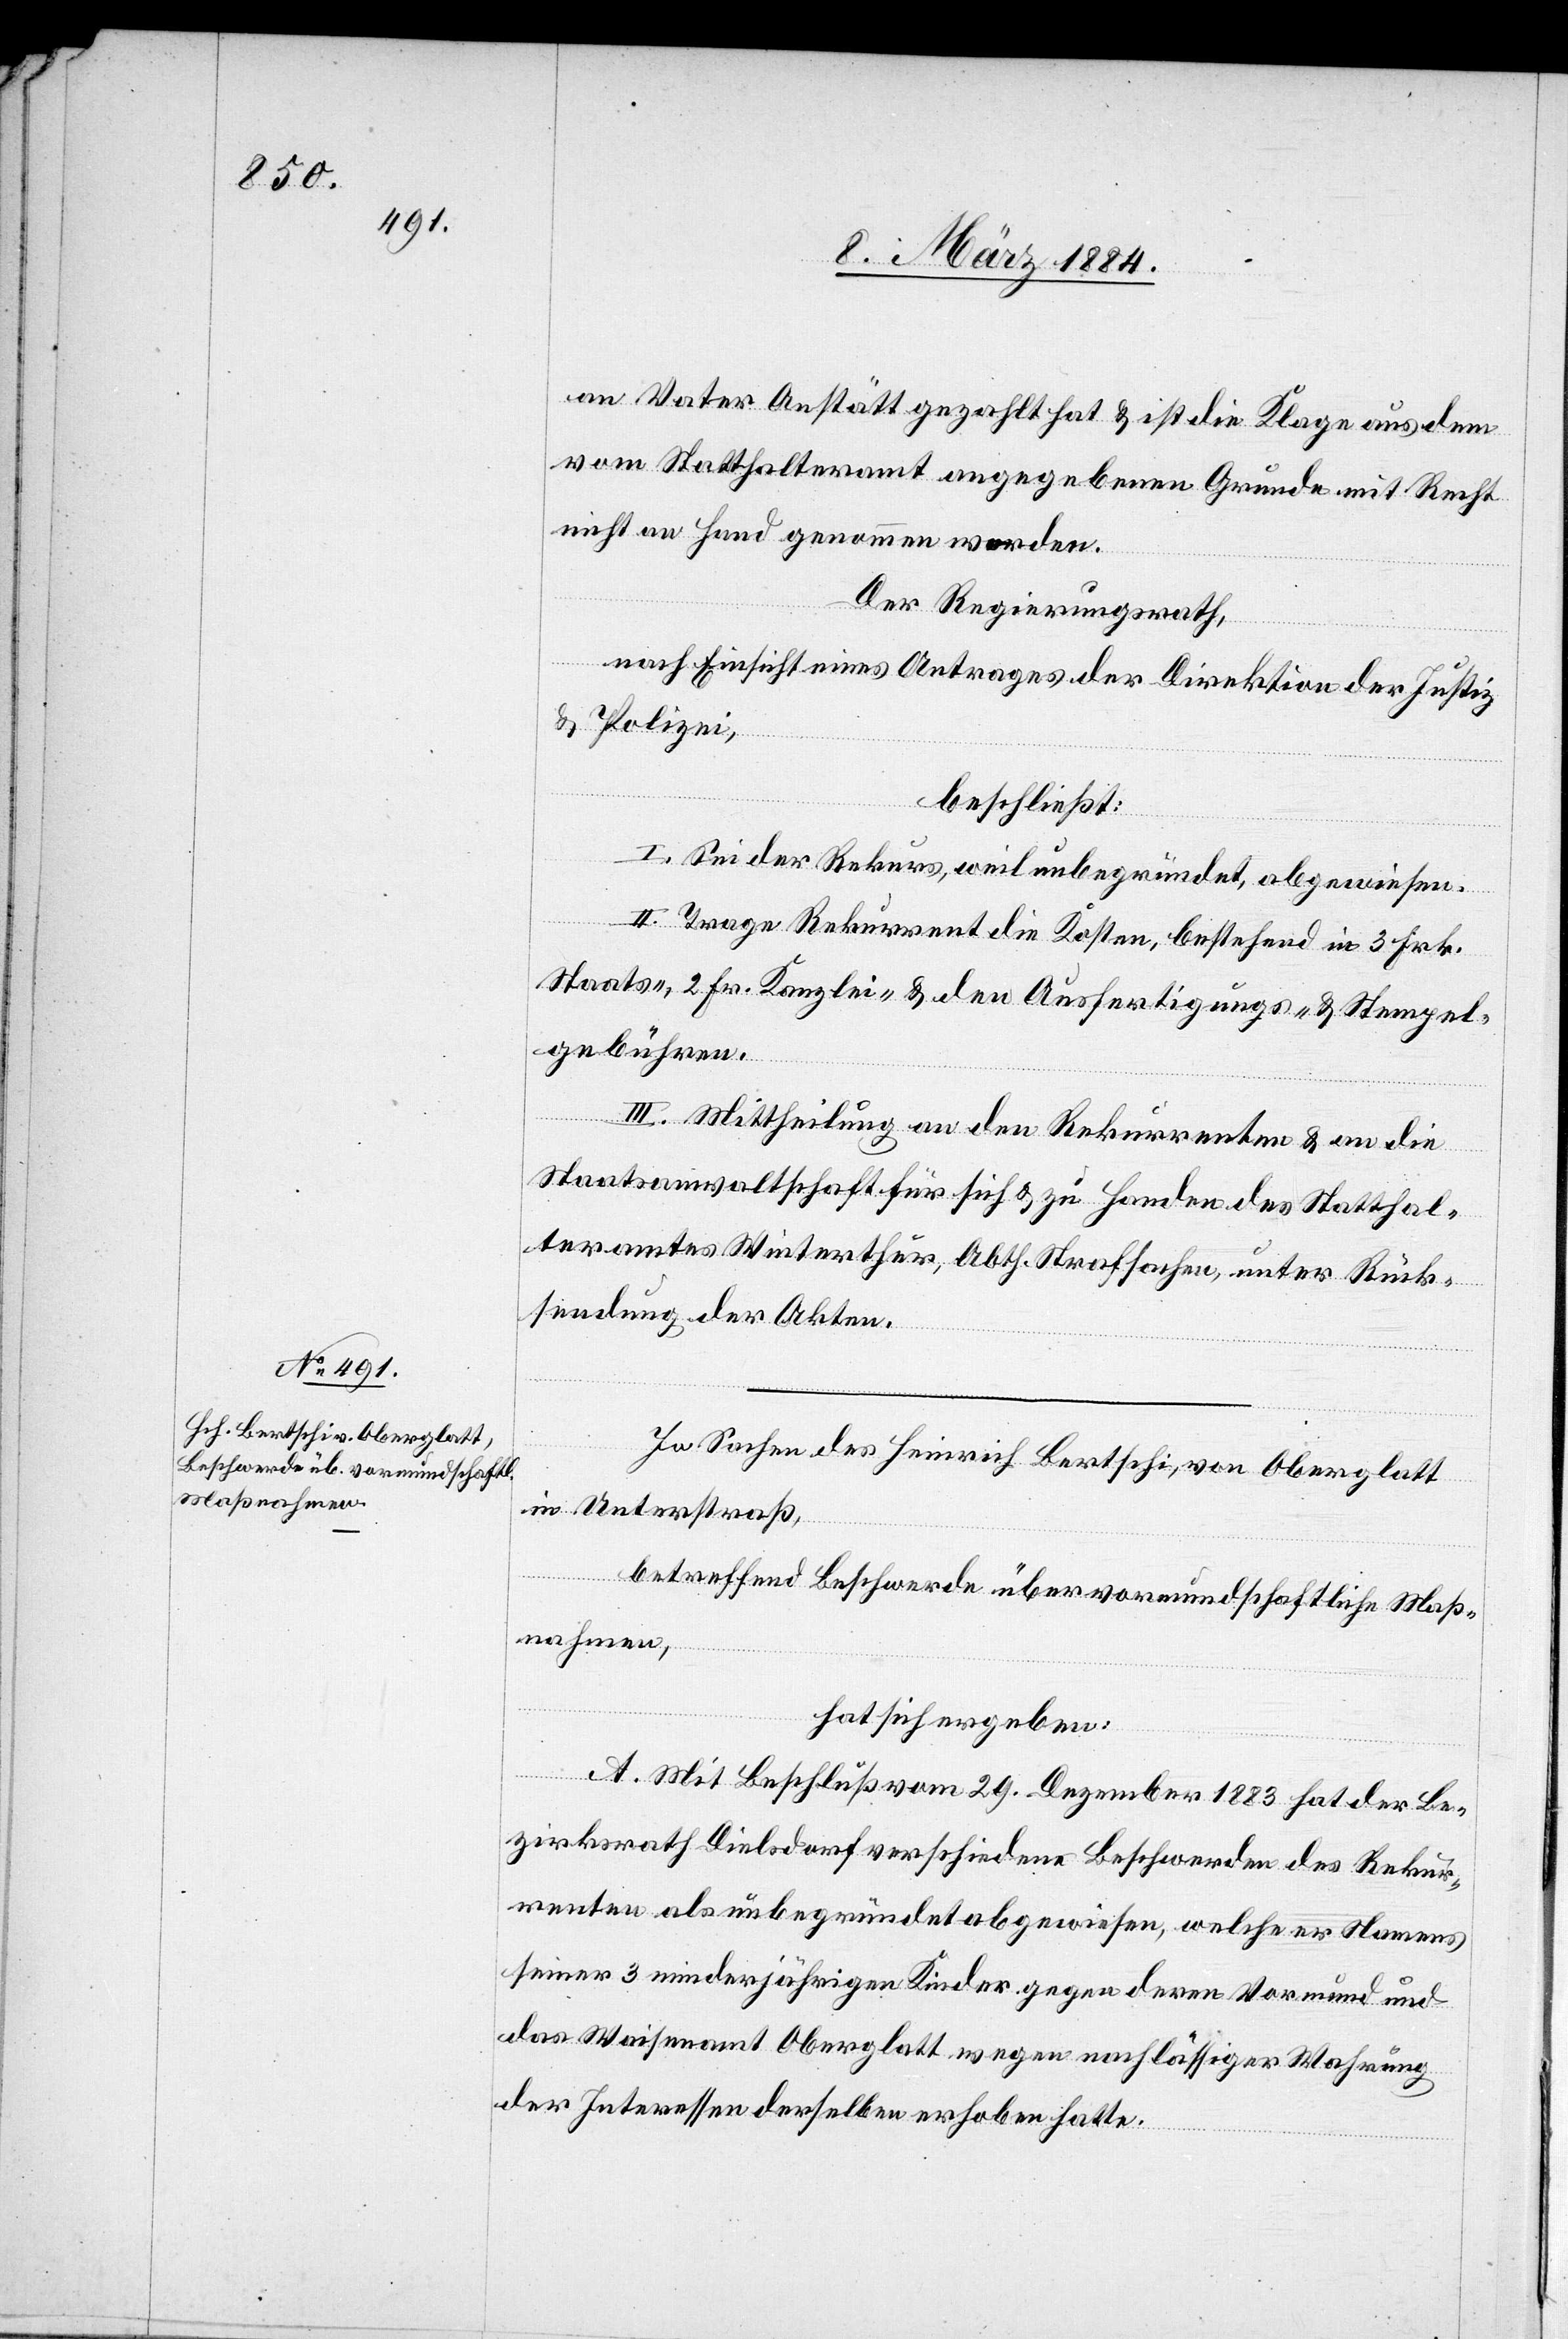
an Vater Anstätt gezahlt hat & ist die Klage aus dem
vom Statthalteramt angegeben Grunde mit Recht
nicht an Hand genommen worden.
Der Regierungsrath,
nach Einsicht eines Antrages der Direktion der Justiz
& Polizei,
beschließt:
I. Sei der Rekurs, weil unbegründet, abgewiesen.
II. Trage Rekurrent die Kosten, bestehend in 3 Frk.
Staats-, 2 Frk. Kanzlei- & den Ausfertigungs- & Stempel¬
gebühren.
III. Mittheilung an den Rekurrenten & an die
Staatsanwaltschaft für sich & zu Handen des Statthal¬
teramtes Winterthur, Abth. Strafsachen, unter Rück¬
sendung der Akten.
In Sachen des Heinrich Bertschi, von Oberglatt
in Unterstraß,
betreffend Beschwerde über vormundschaftliche Maß¬
nahmen,
hat sich ergeben:
A. Mit Beschluß vom 29. Dezember 1883 hat der Be¬
zirksrath Dielsdorf verschiedene Beschwerden des Rekur¬
renten als unbegründet abgewiesen, welche er Namens
seiner 3 minderjährigen Kinder gegen deren Vormund und
das Waisenamt Oberglatt wegen nachlässiger Wahrung
der Interessen derselben erhoben hatte.